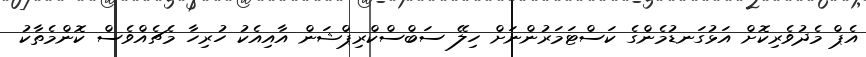
އެޕް މެދުވެރިކޮށް އަޅުގަނޑުމެންގެ ކަސްޓަމަރުންނަށް ހިލޭ ސަބްސްކްރިޕްޝަން އާއިއެކު ހުރިހާ މެޗެއްވެސް ކޮންމެތާކު